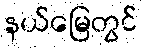
နယ်မြေတွင်